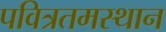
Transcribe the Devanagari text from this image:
पवित्रतमस्थान